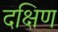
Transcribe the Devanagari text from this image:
दक्षिण